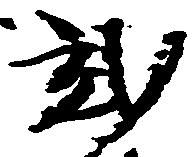
弐